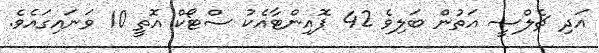
އަދި ޗެލްސީ އަތުން ބަލިވެ 42 ޕޮއިންޓާއެކު ސްޓޯކް އޮތީ 10 ވަނަައިގައެވެ.